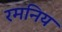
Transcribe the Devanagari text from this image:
रमनिय